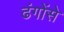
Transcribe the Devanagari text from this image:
ढंगोंसे